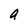
Character: a